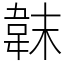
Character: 韎